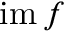
\operatorname { i m } f